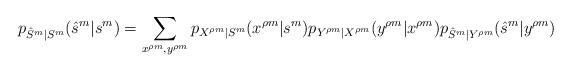
LaTeX: \begin{align*}p_{\hat{S}^m|S^m}(\hat{s}^m|s^m)=\sum\limits_{x^{\rho m},y^{\rho m}}p_{X^{\rho m}|S^m}(x^{\rho m}|s^m)p_{Y^{\rho m}|X^{\rho m}}(y^{\rho m}|x^{\rho m})p_{\hat{S}^m|Y^{\rho m}}(\hat{s}^m|y^{\rho m})\end{align*}